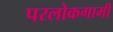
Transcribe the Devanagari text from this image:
परलोकगामी